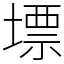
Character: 墂